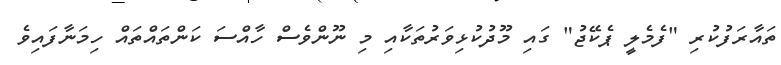
ތައާރަފުކުރި "ފެމެލީ ޕެކޭޖު" ގައި މޫދުކުޅިވަރުތަކާއި މި ނޫންވެސް ހާއްސަ ކަންތައްތައް ހިމަނާފައިވެ